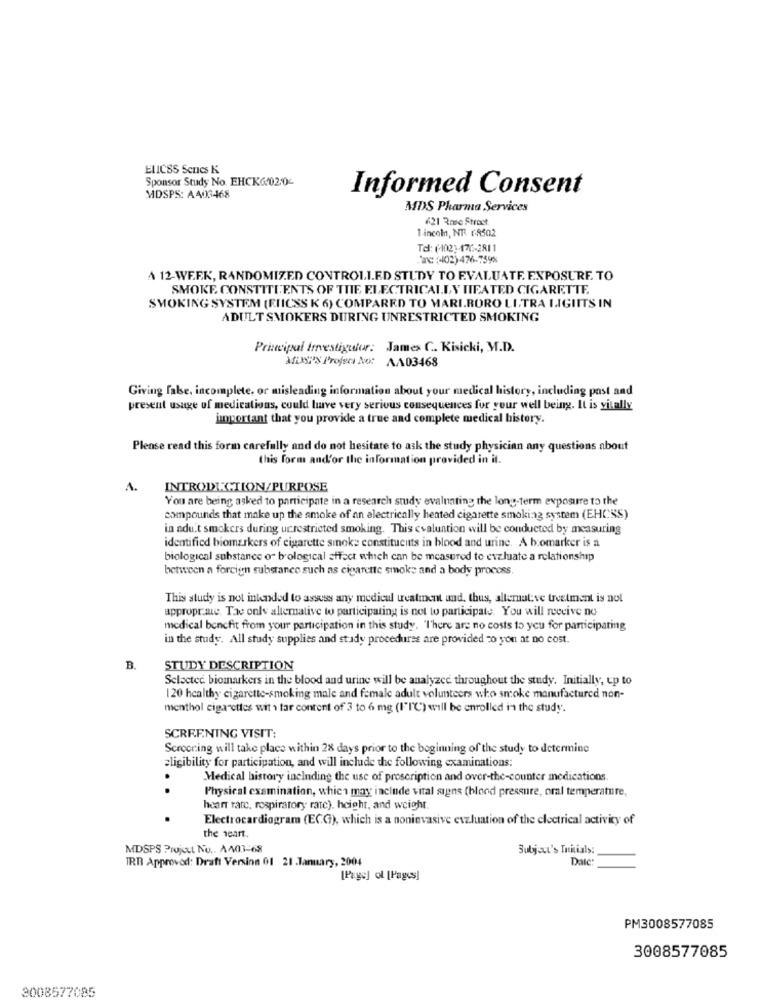
ELICSS Senes K.
Sponsor Study No. EHCKG 020-
Informed Consent
MDSPS: A403468
MDS Pharma Services
621 Rose Stros
1 incol, NR. 6-8502
."ac (402)-476-7598
A 12-WEEK, RANDOMIZED CONTROLLED STUDY TO EVALUATE. EXPOSURE TO
SMOKE CONSTITUENTS OF THE, ELECTRICALLY HEATED CIGARETTE.
SMOKING SYSTEM (FHICSS K 6) COMPARED TO MARIRORO LI.TRA LIGIITS IN
ADULT SMOKERS DURING UNRESTRICTED SMOKING
Principal Irrvestigeor: James C. Kisicki, M.D.
MINST'S Projets No: AA03468
Giving false, incomplete, or misleading information about your medical history, including past and
present usage of medications, could have very serious consequences for your well being. It is vitally
important that you provide a true and complete medical history.
Please read this form carefully and do not hesitate to ask the study physician any questions about
this form and'or the information provided in it.
A.
INTRODUCTION/PURPOSE
You are being asked to participate in a research study evaluating the long-term exposure to the
compounds that make up the smoke of an electrically heated cigarette smoking system (EHCSS)
in adu.t smokers during ucrestricted smoking. This evaluation will be conducted by measuring
identified biomarkers of cigarette smoke constitucutts in blood and urine. A bomarker is a
biological substance o b'ological sffect which can be measured to evaluate a relationship
between a foreign substance such as cigarette smoke and a body procoss.
This study is not intended to assess any medical treatment and, thus, alternative treatment is not
appropriate. The only altemative to participating is not to participate. You will receive no
medical benefit from your participation in this study. 'I'here are no costs to you for participating
in the study. All study supplies and stady procedures are provided co you at no cost.
B.
STUDY DESCRIPTION
Selected biomarkers in the blood and urine will be analyzed throughout the study. Initially, up to
120 healthy cigarette-smoking male and female adult volunteers who smoke manufactured non-
menthol cigarettes wit > tar content of 3 to 6 mg (I"I"℃) will be enrolled in the study.
SCREENING VISIT:
Screcring will take place within 28 days prior to the beginning of the study to determine
eligibility for participation, and will include the following examinations:
Medical history including the use of prescription and over-the-counter medications.
. .
Physical examination, which may incinde vital signs (blood pressure, oral temperature,
heart rate, respiratory rate), height, and weight.
.
Electrocardiogram (ECGh), which is a noninvasive eszluation of the electrical activity of
the neant.
MDSPS Project No .. A401-68
Subject's Initials:
TRT Approved: Draft Version 01 21 .January, 2004
Date
[Page] ol [Pages]
PM3008577085
3008577085
2008577085